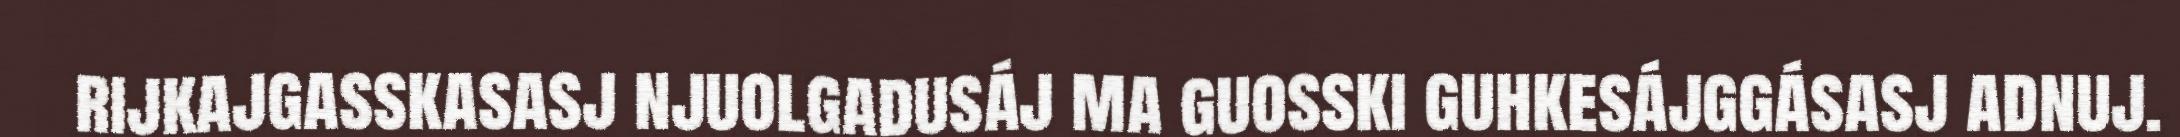
rijkajgasskasasj njuolgadusáj ma guosski guhkesájggásasj adnuj.